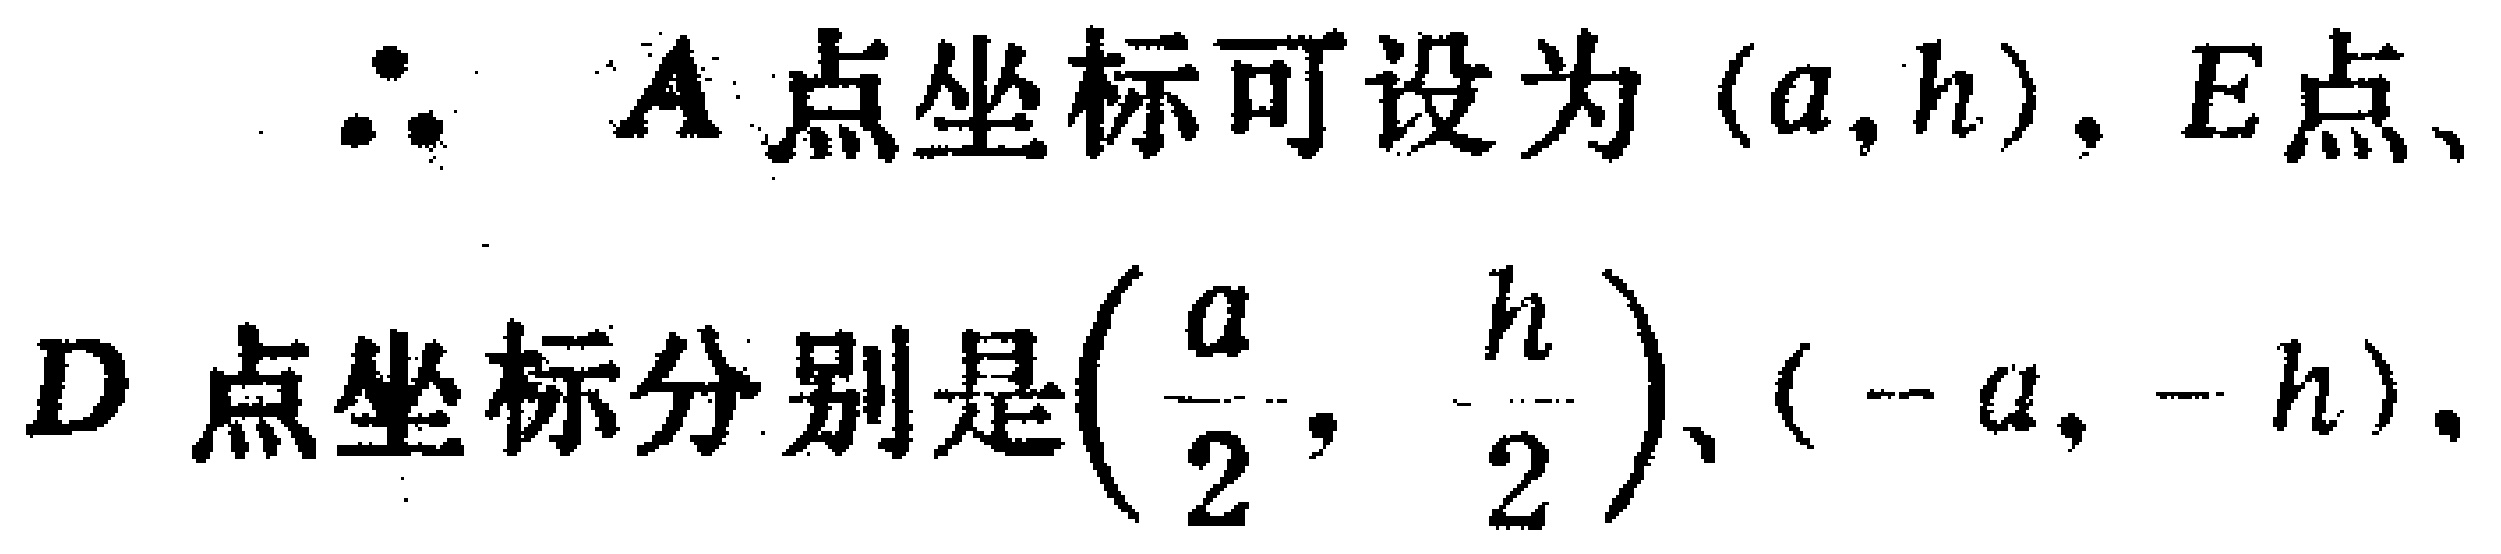
\(\therefore\) \(A\)点坐标可设为\((a,h)\)，\(E\)点、\(D\)点坐标分别是\((\frac{a}{2},\frac{h}{2})\)、\((-a,-h)\)。